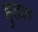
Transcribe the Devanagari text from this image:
हुड़क